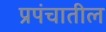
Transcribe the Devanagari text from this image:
प्रपंचातील